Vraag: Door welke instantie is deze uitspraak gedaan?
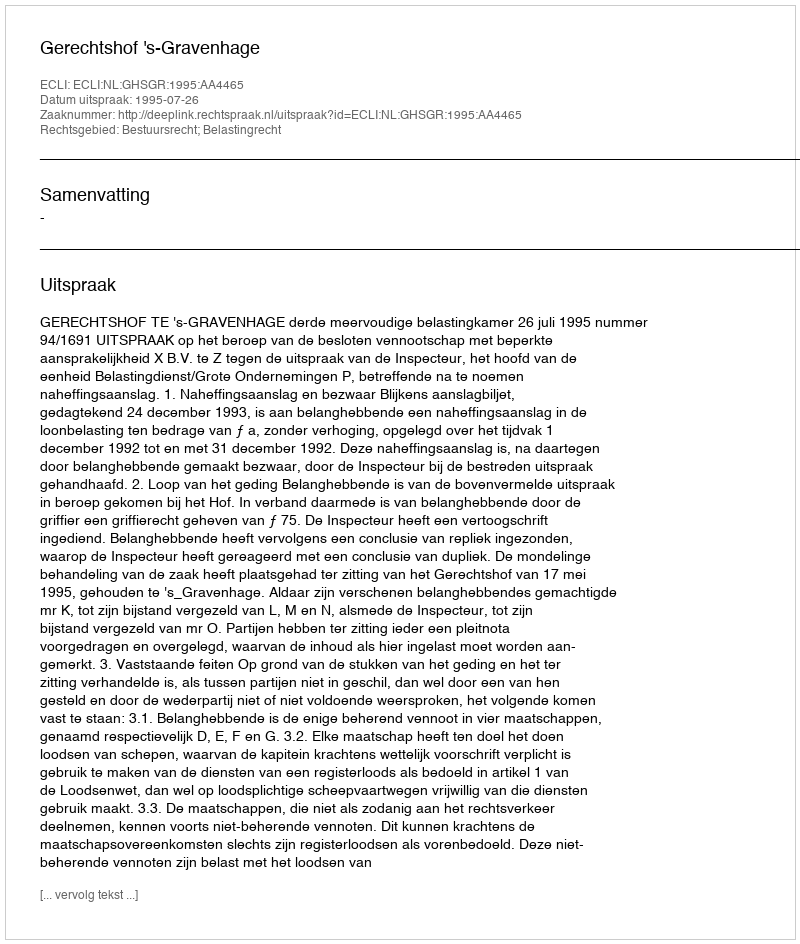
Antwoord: Gerechtshof 's-Gravenhage